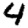
Digit: 4